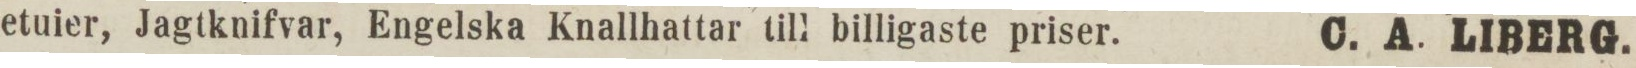
etuier, Jagtknifvar, Engelska Knallhattar till billigaste priser.    C. A. LIBERG.